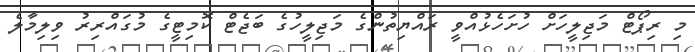
މި ރިޕޯޓް މަޖިލީހަށް ހުށަހެޅުއްވީ ރައްޔިތުންގެ މަޖިލީހުގެ ބަޖެޓް ކޮމިޓީގެ މުގައްރިރު ވިލިމާލެ